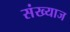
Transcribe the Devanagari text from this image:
संख्याज